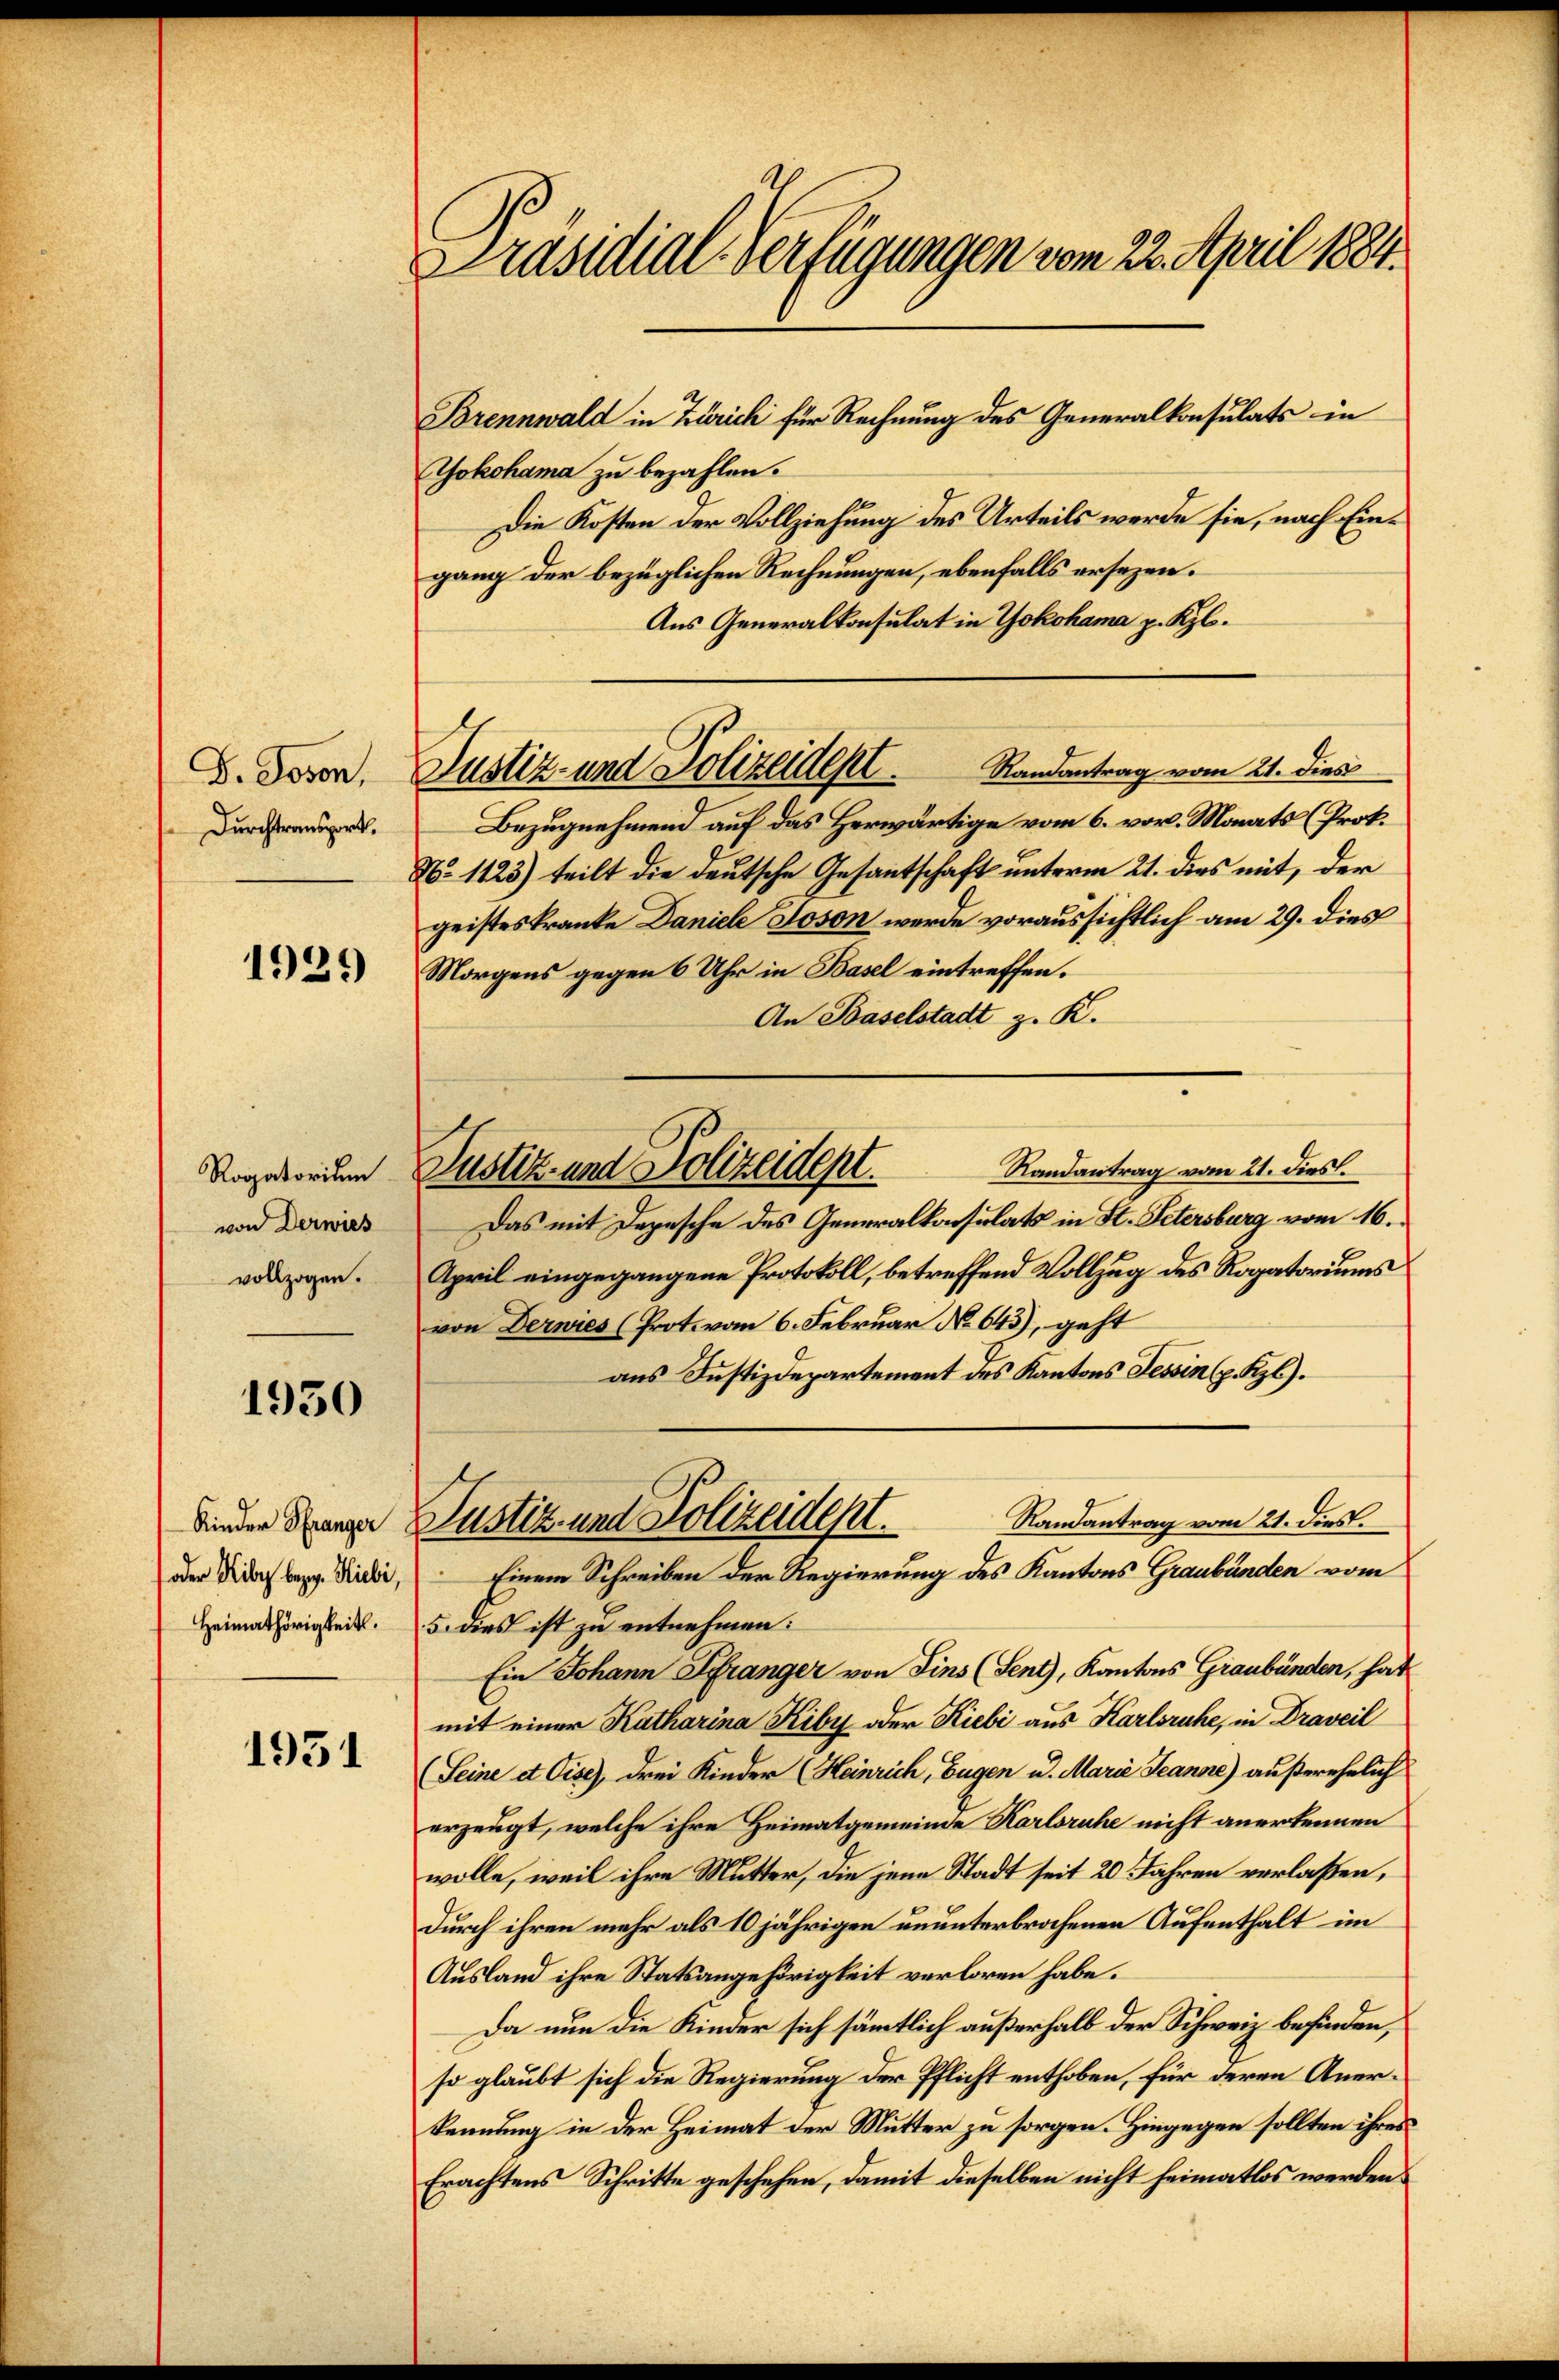
D. Joson,
Durchtransport

1939

Rogatorium
von Derwies
vollzogen.

1950

oder Kiby bezog. Hiebe,
Heimathörigkeit.

1931

Präsidial-Verfügungen vom 22. April 1884.

Brennwald in Zürich für Rechnung des Generalkonsulats in
Yokohama zu bezahlen.
Die Kosten der Vollziehung des Urteils werde sie, nach Eingang der bezüglichen Rechnungen, ebenfalls ersezen.
Aus Generalkonsulat in Yokohama p. Kzb.
Bezugnehmend auf das Herwärtige vom 6. vor. Monats (Prok.
No 1123) teilt die deutsche Gesantschaft unterm 21. dies mit, der
geistes kranke Daniele Joson werde voraussichtlich am 29. dies
Morgens gegen 6 Uhr in Basel eintreffen.
An Baselstadt z. K.
Randantrag vom 21. dies.
Das mit Depesche des Generalkonsulats in St. Petersburg vom 16.
April eingegangene Protokoll, betreffend Vollzug des Rogatoriums
von Derwies (Prot. vom 6. Februar No 645), geht
aus Justizdepartement des Kantons Tessin (p. Kzl).
Randantrag vom 21. dies.
binder Ganze Justiz- und Polizeident.
Einem Schreiben der Regierung des Kantons Graubünden vom
5. dies ist zu entnehmen:
Ein Johann Pranger von Fins (Sent), Kantons Graubünden, hat
mit einer Katharina Kiby oder Kiebi aus Karlsruhe, in Draveil
(Seine et Cise), drei Kinder (Heinrich, Eugen u. Marie Jeanne) außerehelich
erzeugt, welche ihre Heimatgemeinde Karlsruhe nicht anerkennen
wolle, weil ihre Mutter, die jene Stadt seit 20 Jahren verlaßen,
Durch ihren mehr als 10 jährigen ununterbrochenen Aufenthalt im
Ausland ihre Statsangehörigkeit verloren habe.
Da nun die Kinder sich sämtlich außerhalb der Schweiz befinden,
so glaubt sich die Regierung der Pflicht enthoben, für deren Anerkennung in der Heimat der Mutter zu sorgen. Hingegen sollten ihres
Erachtens Schritte geschehen, damit dieselben nicht heimatlos werden.

Justiz- und Polizeidest. Randantrag vom 21. dies

Justiz- und Polizeident.